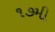
૧૭મી